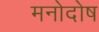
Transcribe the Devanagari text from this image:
मनोदोष